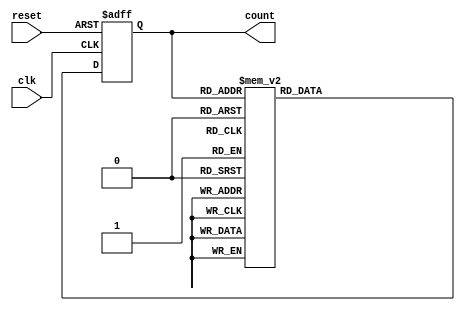
module decade_ring_counter (
    input wire clk,       // Clock input
    input wire reset,     // Asynchronous reset input
    output reg [3:0] count // 4-bit output representing the current count
);

// State transition logic
always @(posedge clk or posedge reset) begin
    if (reset) begin
        count <= 4'b0000; // Reset to 0000
    end else begin
        case (count)
            4'b0000: count <= 4'b0001;
            4'b0001: count <= 4'b0010;
            4'b0010: count <= 4'b0011;
            4'b0011: count <= 4'b0100;
            4'b0100: count <= 4'b0101;
            4'b0101: count <= 4'b0110;
            4'b0110: count <= 4'b0111;
            4'b0111: count <= 4'b1000;
            4'b1000: count <= 4'b1001;
            4'b1001: count <= 4'b0000; // Wrap around to 0000
            default: count <= 4'b0000; // Default case to handle unexpected states
        endcase
    end
end

endmodule